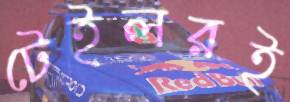
টেইলরই